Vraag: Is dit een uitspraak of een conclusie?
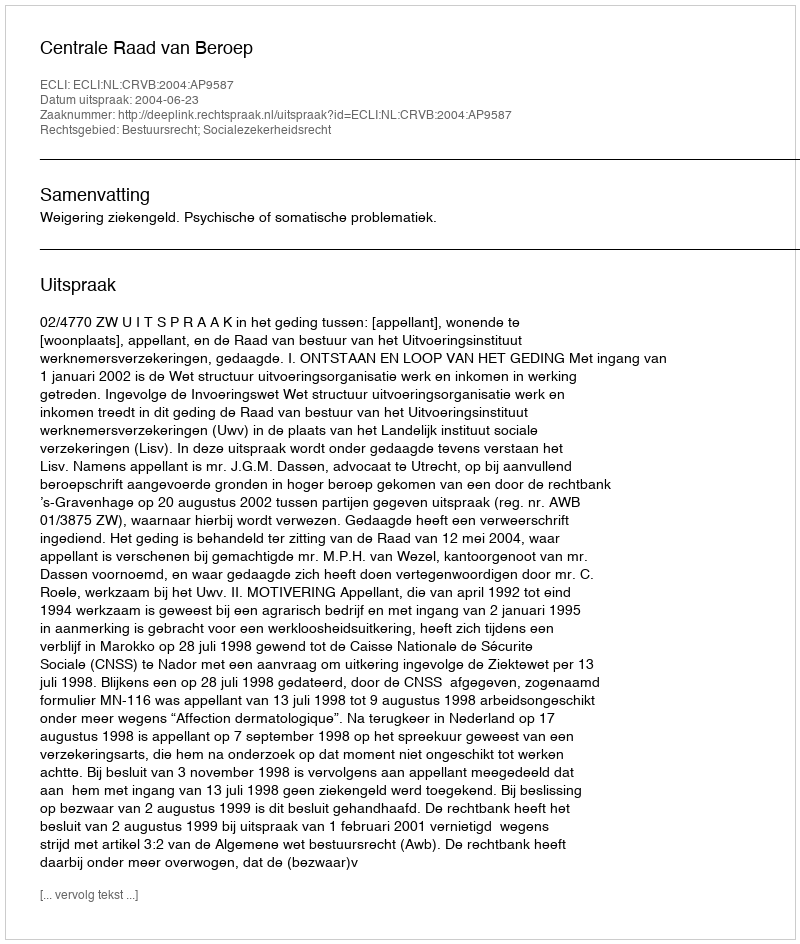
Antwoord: Uitspraak